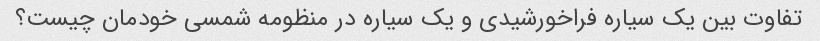
تفاوت بین یک سیاره فراخورشیدی و یک سیاره در منظومه شمسی خودمان چیست؟